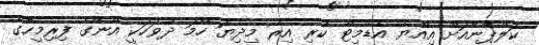
ކަލްޕާނާއަށް އިއްޔެ އެޑްމިޓް ކުރި އިރު މިދިޔަ ހޯމަ ދުވަހަކީ އޭނާގެ ފިރިމީހާގެ